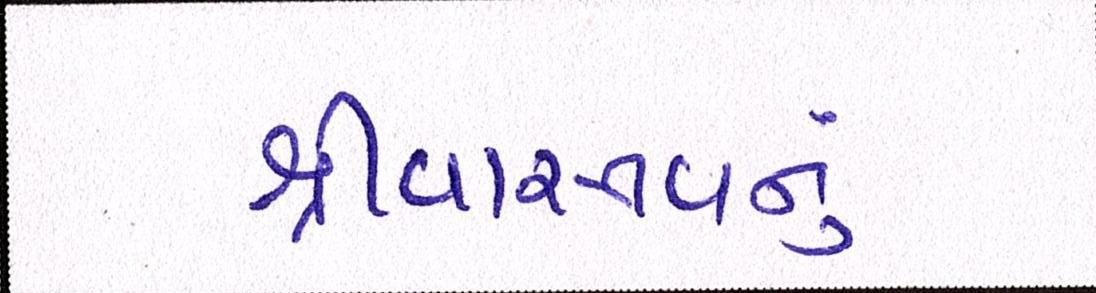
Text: શ્રીવાસ્તવનું